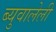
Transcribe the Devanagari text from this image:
ब्युवालेली